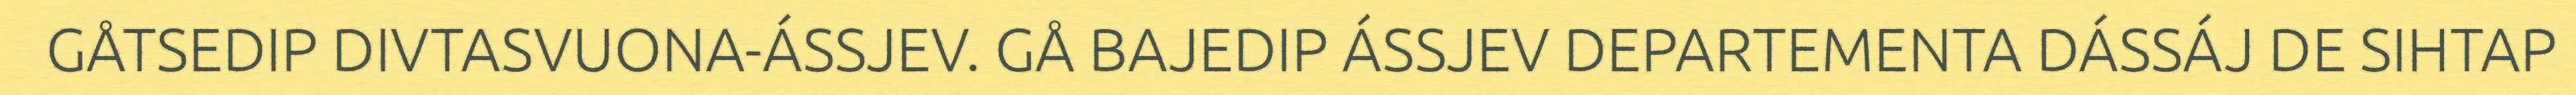
GÅTSEDIP DIVTASVUONA-ÁSSJEV. GÅ BAJEDIP ÁSSJEV DEPARTEMENTA DÁSSÁJ DE SIHTAP